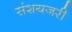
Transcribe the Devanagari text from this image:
संशयजरी